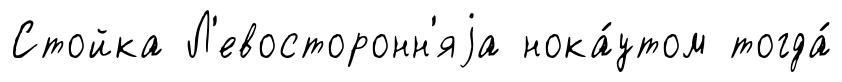
Стойка Л'евосторонн'яjа нока́утом тогда́